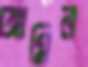
আমিন